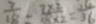
\frac { 7 } { 1 8 } = \frac { 7 \times 2 } { 1 8 \times 2 } = \frac { 1 4 } { 3 6 }